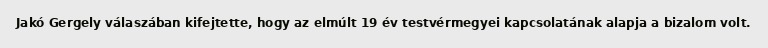
Jakó Gergely válaszában kifejtette, hogy az elmúlt 19 év testvérmegyei kapcsolatának alapja a bizalom volt.